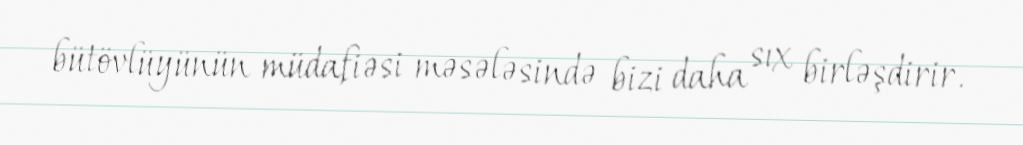
bütövlüyünün müdafiəsi məsələsində bizi daha sıx birləşdirir.